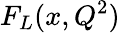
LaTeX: F_{L}(x,Q^{2})